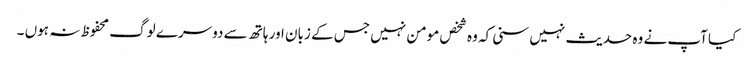
کیا آپ نے وہ حدیث نہیں سنی کہ وہ شخص مومن نہیں جس کے زبان اور ہاتھ سے دوسرے لوگ محفوظ نہ ہوں ۔